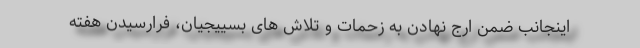
اینجانب ضمن ارج نهادن به زحمات و تلاش های بسییجیان، فرارسیدن هفته